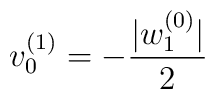
v^{(1)}_0=-\frac{|w^{(0)}_1|}{2}